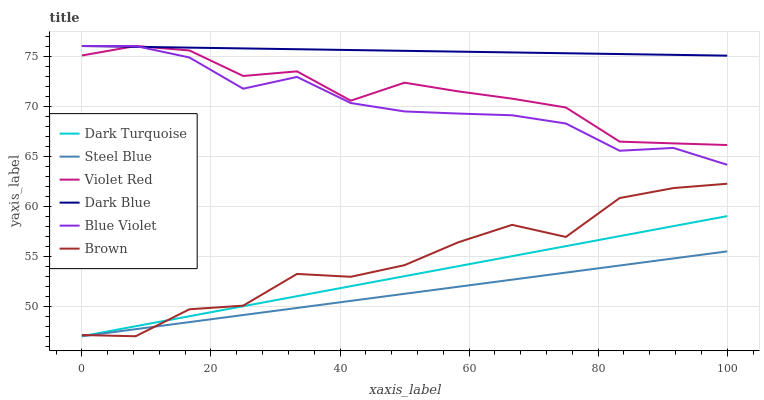
| xaxis_label | Dark Turquoise | Steel Blue | Violet Red | Dark Blue | Blue Violet | Brown |
 | --- | --- | --- | --- | --- | --- | --- |
 | 0 | 47 | 47 | 75.1 | 76 | 76 | 47.1 |
 | 8.33 | 48 | 47.7 | 76 | 75.9 | 76 | 47 |
 | 16.7 | 49 | 48.4 | 75.6 | 75.8 | 74.9 | 49.7 |
 | 25 | 50 | 49.1 | 73 | 75.8 | 71.7 | 50.1 |
 | 33.3 | 51 | 49.8 | 73.5 | 75.7 | 72.9 | 53.2 |
 | 41.7 | 52 | 50.5 | 70.5 | 75.6 | 70.3 | 52.9 |
 | 50 | 53 | 51.2 | 72.3 | 75.5 | 69.5 | 54.1 |
 | 58.3 | 54 | 51.9 | 71.5 | 75.4 | 69.3 | 56.4 |
 | 66.7 | 55 | 52.7 | 70.7 | 75.4 | 69.1 | 58.1 |
 | 75 | 56 | 53.4 | 69.9 | 75.3 | 68.3 | 56.9 |
 | 83.3 | 57 | 54.1 | 66.4 | 75.2 | 65.5 | 60.8 |
 | 91.7 | 58 | 54.8 | 66.3 | 75.1 | 65.8 | 61.8 |
 | 100 | 59 | 55.5 | 66.1 | 75 | 64.1 | 62.2 |